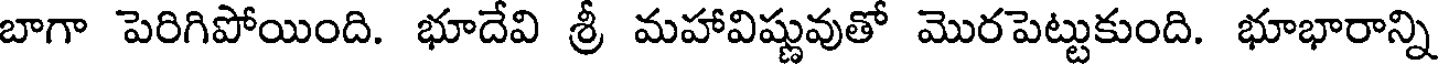
బాగా పెరిగిపోయింది. భూదేవి శ్రీ మహావిష్ణువుతో మొరపెట్టుకుంది. భూభారాన్ని